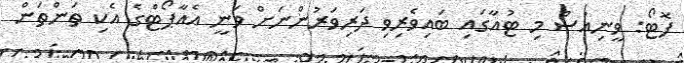
ފޮޓޯ: ވީނިއުސް މި ޓުއާގައި ބައިވެރިވި ދަރިވަރުންނަށް ވަނީ އެއާޕޯޓްގެ އެކި ތަންތަން